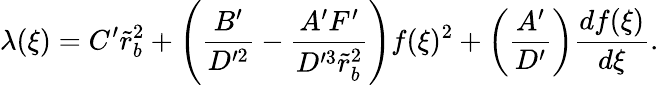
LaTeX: \lambda(\xi)=C^{\prime}\tilde{r}_{b}^{2}+\left(\frac{B^{\prime}}{D^{\prime 2}}-\frac{A^{\prime}F^{\prime}}{D^{\prime 3}\tilde{r}_{b}^{2}}\right)f(\xi)^{2}+\left(\frac{A^{\prime}}{D^{\prime}}\right)\frac{df(\xi)}{d\xi}.